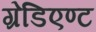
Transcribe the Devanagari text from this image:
ग्रेडिएण्ट